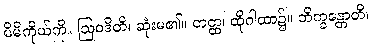
မိမိကိုယ်ကို။ ဩဝဒိတိ၊ ဆုံးမ၏။ တတ္ထ၊ ထိုဂါထာ၌။ ဘိက္ခန္တောတိ၊